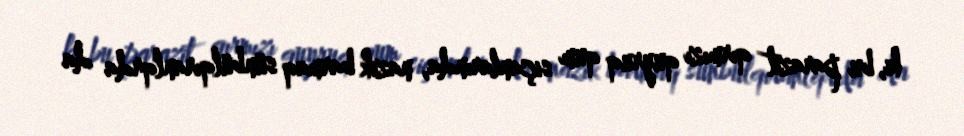
ki, bu parazit qırmızı quyruq qum siçanlarında, nazik barmaq sünbülqıranlqrda da